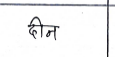
मजकूर: दीन